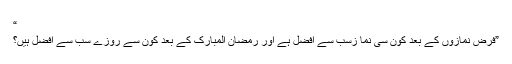
“
”فرض نمازوں کے بعد کون سی نما زسب سے افضل ہے اور رمضان المبارک کے بعد کون سے روزے سب سے افضل ہیں؟